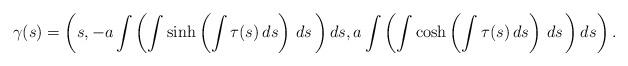
LaTeX: \begin{align*}\gamma (s)=\left( s,-a\int \left( \int \sinh \left( \int \tau (s)\,ds\right)\,ds\,\right) ds,a\int \left( \int \cosh \left( \int \tau (s)\,ds\right)\,ds\,\right) ds\right).\end{align*}